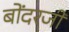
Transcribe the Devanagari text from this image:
बोंदरजी